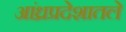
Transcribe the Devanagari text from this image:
आंध्रप्रदेशातले